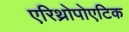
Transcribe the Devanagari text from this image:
एरिथ्रोपोएटिक